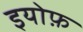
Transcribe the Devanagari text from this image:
इयोफ़